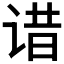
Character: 𬣾